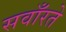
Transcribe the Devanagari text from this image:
सवाँरते